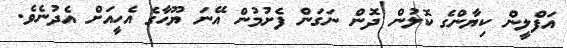
އަފްލީން ކިޔާންގެ ކޮލުން ދޮން ނަގަން ފެށުމުން އޭނަ ޔޫހާގެ އެހީއަށް އެދުނެވެ.